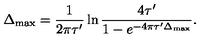
\Delta _ { \max } = { \frac { 1 } { 2 \pi \tau ^ { \prime } } } \ln { \frac { 4 \tau ^ { \prime } } { 1 - e ^ { - 4 \pi \tau ^ { \prime } \Delta _ { \max } } } } .